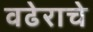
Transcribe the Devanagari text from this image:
वढेराचे